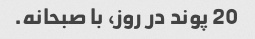
20 پوند در روز، با صبحانه.